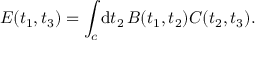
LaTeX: E ( t _ { 1 } , t _ { 3 } ) = \int _ { c } \mathrm { d } t _ { 2 } \, B ( t _ { 1 } , t _ { 2 } ) C ( t _ { 2 } , t _ { 3 } ) .